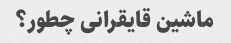
ماشین قایقرانی چطور؟